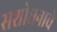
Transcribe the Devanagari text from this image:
सशोधनाचे